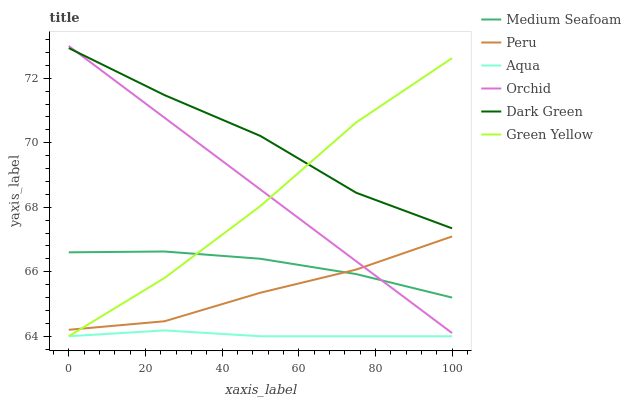
| xaxis_label | Medium Seafoam | Peru | Aqua | Orchid | Dark Green | Green Yellow |
 | --- | --- | --- | --- | --- | --- | --- |
 | 0 | 66.6 | 64.2 | 64 | 73 | 72.9 | 64 |
 | 25 | 66.6 | 64.5 | 64.2 | 70.8 | 71.5 | 65.8 |
 | 50 | 66.4 | 65.3 | 64 | 68.5 | 70.2 | 68 |
 | 75 | 65.9 | 66.1 | 64 | 66.3 | 68.4 | 70.6 |
 | 100 | 65.2 | 67.1 | 64 | 64.1 | 67.3 | 72.6 |